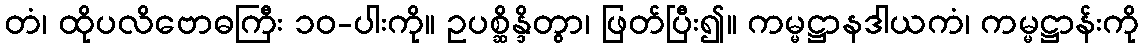
တံ၊ ထိုပလိဗောဓကြီး ၁၀-ပါးကို။ ဥပစ္ဆိန္ဒိတွာ၊ ဖြတ်ပြီး၍။ ကမ္မဋ္ဌာနဒါယကံ၊ ကမ္မဋ္ဌာန်းကို